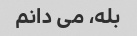
بله، می دانم